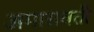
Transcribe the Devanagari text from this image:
अमारावती